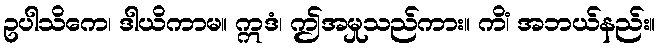
ဥပါသိကေ၊ ဒါယိကာမ။ ဣဒံ၊ ဤအမှုသည်ကား။ ကိံ၊ အဘယ်နည်း။